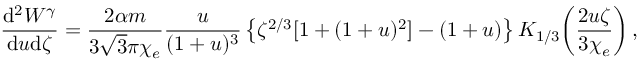
\frac { \mathrm { d } ^ { 2 } W ^ { \gamma } } { \mathrm { d } u \mathrm { d } \zeta } = \frac { 2 \alpha m } { 3 \sqrt { 3 } \pi \chi _ { e } } \frac { u } { ( 1 + u ) ^ { 3 } } \left\{ \zeta ^ { 2 / 3 } [ 1 + ( 1 + u ) ^ { 2 } ] - ( 1 + u ) \right\} K _ { 1 / 3 } \! \left( \frac { 2 u \zeta } { 3 \chi _ { e } } \right) ,